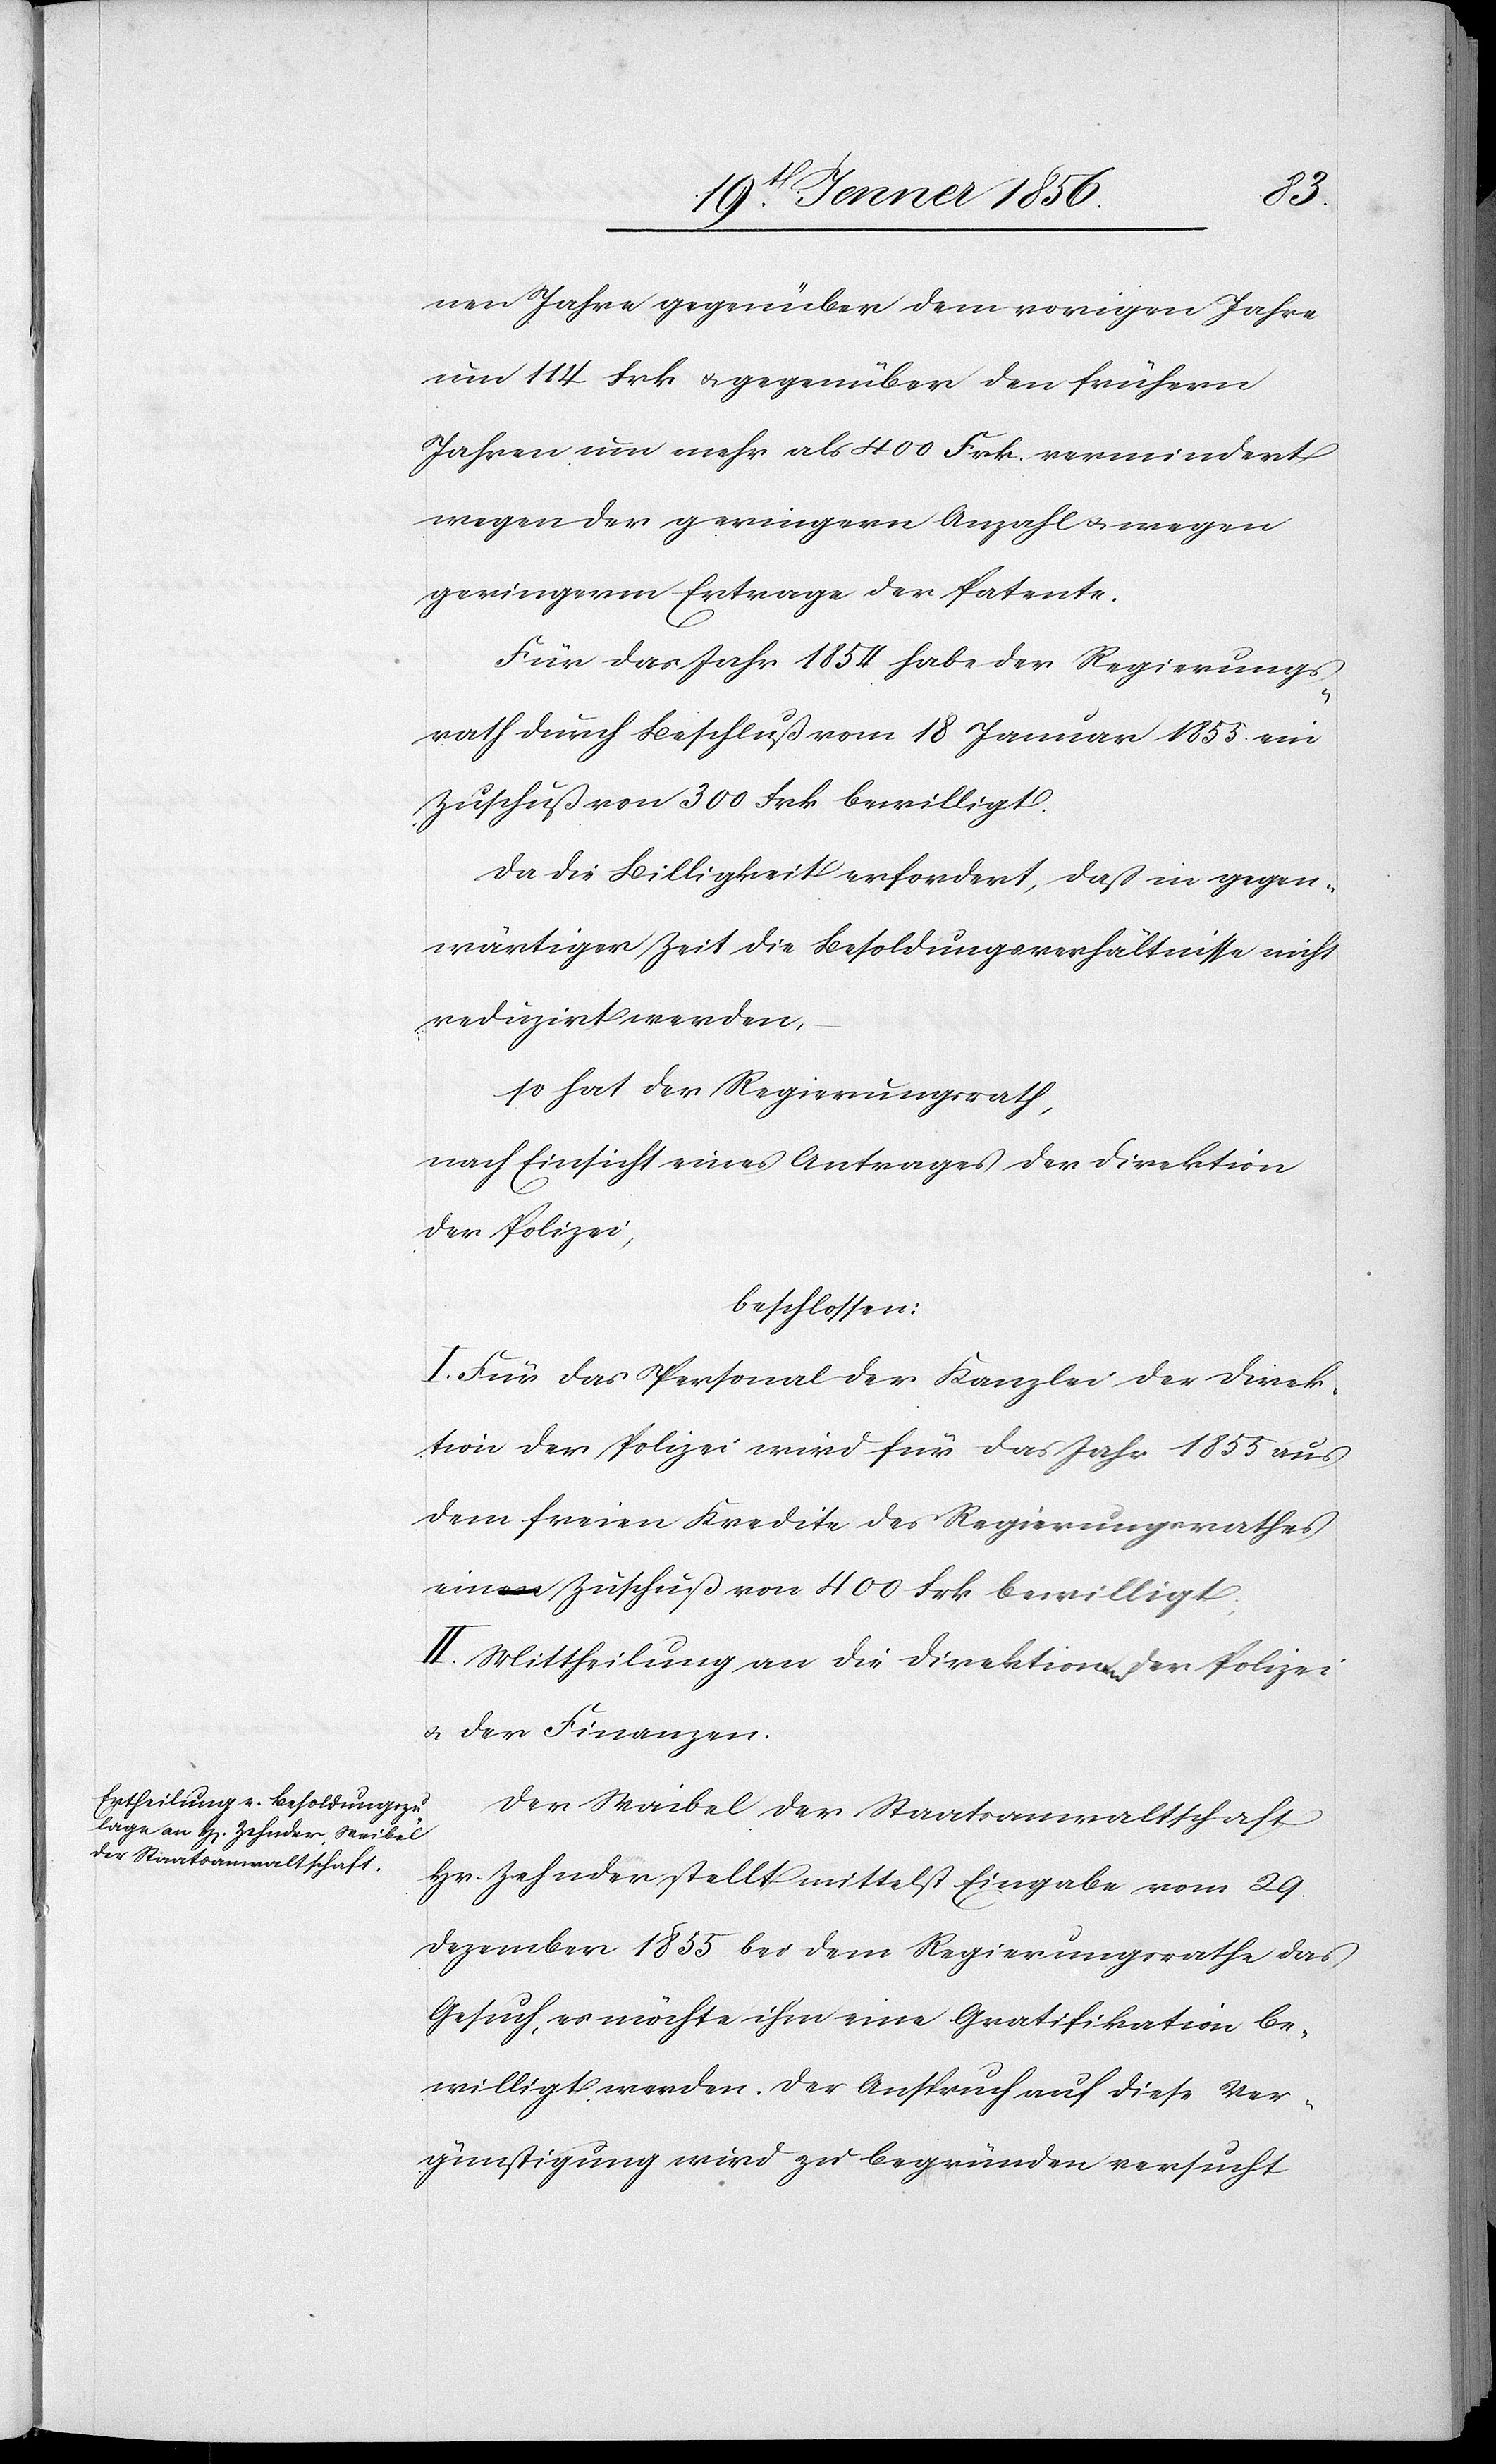
nen Jahre gegenüber dem vorigen Jahre
um 114 Frk u. gegenüber den frühern
Jahre um mehr als 400 Frk. vermindert
wegen der geringern Anzahl u. wegen
geringerm Ertrage der Patente.
Für das Jahr 1854 habe der Regierungs¬
rath durch Beschluß vom 18 Januar 1855 ein
Zuschuß von 300 Frk bewilligt.
Da die Billigkeit erfordert, daß in gegen¬
wärtiger Zeit die Besoldungsverhältnisse nicht
reduzirt werden,
so hat der Regierungsrath,
nach Einsicht eines Antrages der Direktion
der Polizei,
beschlossen:
I. Für das Personal der Kanzlei der Direk¬
tion der Polizei wird für das Jahr 1855 aus
dem freien Kredite des Regierungsrathes
ein Zuschuß von 400 Frk bewilligt;
II. Mittheilung an die Direktionaena der Polizei
u. der Finanzen.
Der Waibel der Staatsanwaltschaft
Hr. Zehnder stellt mittelst Eingabe vom 29.
Dezember 1855 bei dem Regierungsrathe das
Gesuch, es möchte ihm eine Gratifikation be¬
willigt werden. Der Anspruch auf diese Ver¬
günstigung wird zu begründen versucht